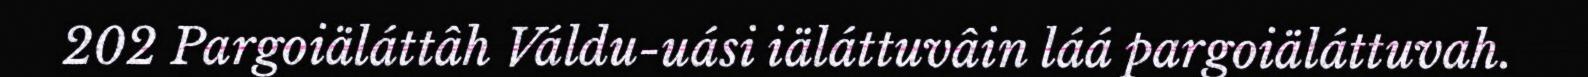
202 Pargoiäláttâh Váldu-uási iäláttuvâin láá pargoiäláttuvah.